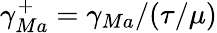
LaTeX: \gamma_{Ma}^{+}=\gamma_{Ma}/(\tau/\mu)